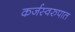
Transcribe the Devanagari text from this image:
कर्जस्वरुपात